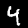
Label: 4